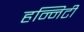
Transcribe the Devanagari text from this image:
हन्निटी